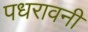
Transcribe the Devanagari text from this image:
पधरावनी